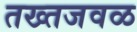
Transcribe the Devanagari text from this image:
तख्तजवळ